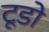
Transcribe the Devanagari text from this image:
टूडो